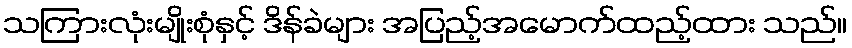
သကြားလုံးမျိုးစုံနှင့် ဒိန်ခဲများ အပြည့်အမောက်ထည့်ထား သည်။